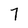
Character: 7